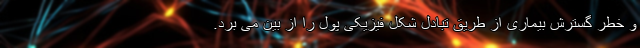
و خطر گسترش بیماری از طریق تبادل شکل فیزیکی پول را از بین می برد.